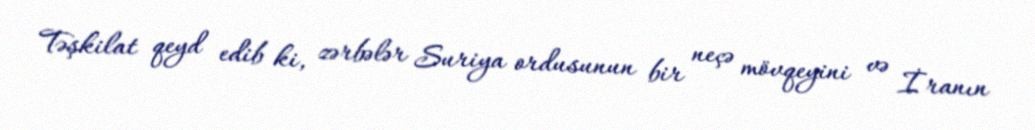
Təşkilat qeyd edib ki, zərbələr Suriya ordusunun bir neçə mövqeyini və İranın